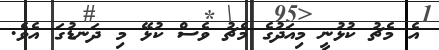
އެ މެޗު ކުޅުނީ މިއަދުގެ މެޗު ވެސް ކުޅޭ މި ދަނޑުގަ އެވެ.